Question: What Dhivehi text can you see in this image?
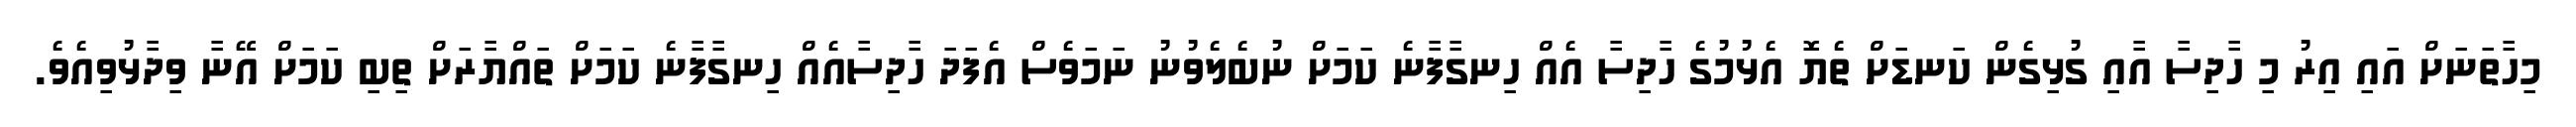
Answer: މިހާތަނަށް އައި އިރު މި ހާދިސާ އާއި ގުޅިގެން ކަނޑަށް ތެޔޮ އެޅުމުގެ ހާދިސާ އެއް ހިނގާފާނެ ކަމަށް ނުބެލެވުނު ނަމަވެސް އެފަދަ ހާދިސާއެއް ހިނގާފާނެ ކަމަށް ތައްޔާރަށް ތިބި ކަމަށް އޭނާ ވިދާޅުވިއެވެ.